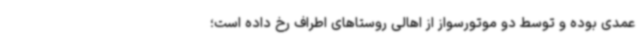
عمدی بوده و توسط دو موتورسواز از اهالی روستاهای اطراف رخ داده است؛